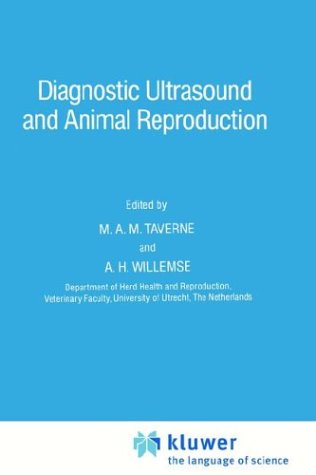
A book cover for Diagnostic Ultrasound and Animal Reproduction (Current Topics in Veterinary Medicine); Medical Books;